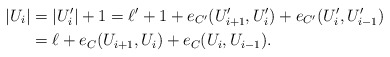
\begin{align*}|U_i|&=|U_i'|+1=\ell'+1 +e_{C'}(U_{i+1}', U_i')+e_{C'}(U_i', U_{i-1}')\\&=\ell+e_C(U_{i+1}, U_i)+e_C(U_i, U_{i-1}).\end{align*}